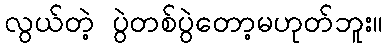
လွယ်တဲ့ ပွဲတစ်ပွဲတော့မဟုတ်ဘူး။